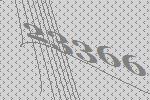
23366